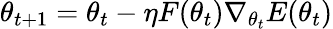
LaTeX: \theta_{t+1}=\theta_{t}-\eta F(\theta_{t})\nabla_{\theta_{t}}E(\theta_{t})